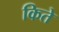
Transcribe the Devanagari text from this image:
किते